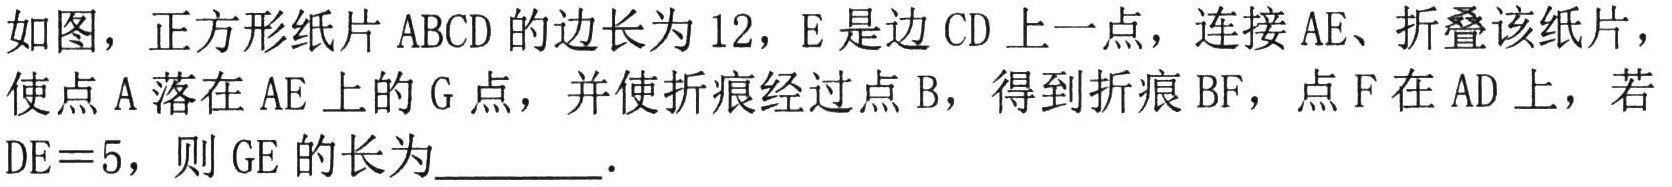
如图，正方形纸片 \(ABCD\) 的边长为 \(12\)，\(E\) 是边 \(CD\) 上一点，连接 \(AE\)、折叠该纸片，使点 \(A\) 落在 \(AE\) 上的 \(G\) 点，并使折痕经过点 \(B\)，得到折痕 \(BF\)，点 \(F\) 在 \(AD\) 上，若 \(DE = 5\)，则 \(GE\) 的长为  ．